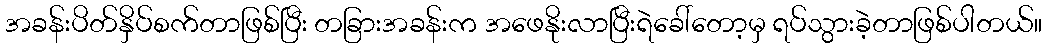
အခန်းပိတ်နှိပ်စက်တာဖြစ်ပြီး တခြားအခန်းက အဖေနိုးလာပြီးရဲခေါ်တော့မှ ရပ်သွားခဲ့တာဖြစ်ပါတယ်။